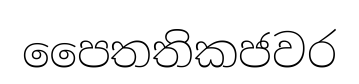
පෛතතිකජවර